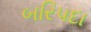
બરિપદા